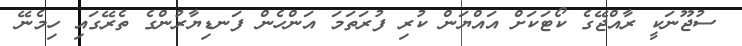
ސުޖޫނަކީ ރާއްޖޭގެ ކޯޓަކަށް އައްޔަން ކުރި ފުރަތަމަ އަންހެން ފަނޑިޔާރުންގެ ތެރޭގައި ހިމެނޭ